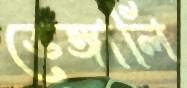
ভেঙ্গালি